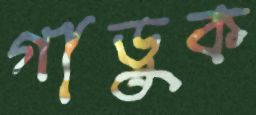
গাড়ুক